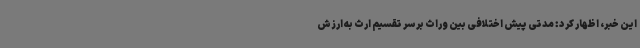
این خبر، اظهار کرد: مدتی پیش اختلافی بین وراث بر سر تقسیم ارث به ارزش